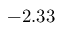
- 2 . 3 3